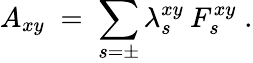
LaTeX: A_{xy}\; =\; \sum_{s=\pm}\lambda_{s}^{xy}\: F_{s}^{xy}\; .